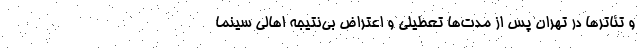
و تئاترها در تهران پس از مدت‌ها تعطیلی و اعتراض بی‌نتیجه اهالی سینما